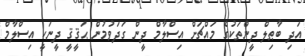
އަދި ބާޠިލް ދީންތަކުގެ މައްޗަށް އިސްލާމް ދީން ގަދަވުމުން ޙަޤީޤީ ދީނަކީ އިސްލާމް